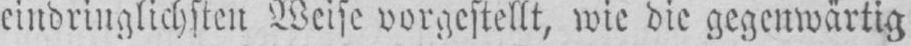
eindringlichsten Weise vorgestellt, wie die gegenwärtig